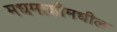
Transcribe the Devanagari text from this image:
मधमाशीमधील